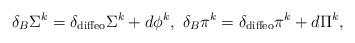
LaTeX: \begin{align*}\delta_B \Sigma^k = \delta _{\rm diffeo} \Sigma^k+ d\phi^k,~\delta_B \pi^k = \delta _{\rm diffeo} \pi^k+ d\Pi^k,\end{align*}